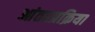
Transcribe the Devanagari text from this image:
आंतरप्रक्रिया